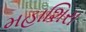
મહાશિરા